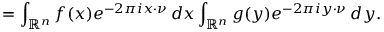
= \int _ { \mathbb { R } ^ { n } } f ( x ) e ^ { - 2 \pi i x \cdot \nu } \, d x \int _ { \mathbb { R } ^ { n } } g ( y ) e ^ { - 2 \pi i y \cdot \nu } \, d y .